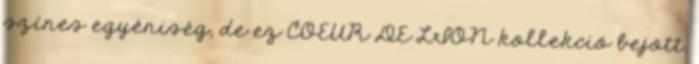
színes egyéniség, de ez COEUR DE LION kollekció bejött,